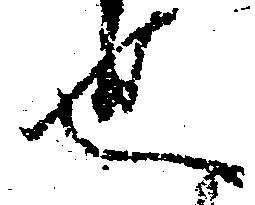
也